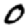
Digit: 0